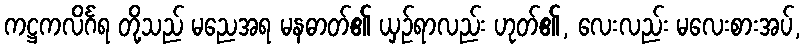
ကဋ္ဌကလိင်္ဂရ တို့သည် မညေအရ မနဓာတ်၏ ယှဉ်ရာလည်း ဟုတ်၏, လေးလည်း မလေးစားအပ်,